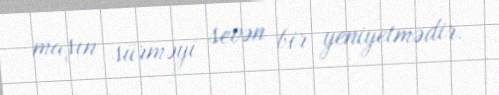
maşın sürməyi sevən bir yeniyetmədir.